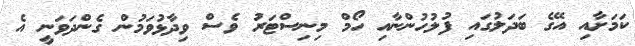
ކަމަށާއި އޭގެ ބަދަލުގައި ފުލުހުންނާއި ހޯމް މިނިސްޓަރު ވެސް ވިދާޅުވަމުން ގެންދަވަނީ އެ